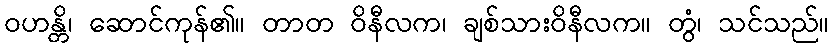
ဝဟန္တိ၊ ဆောင်ကုန်၏။ တာတ ဝိနီလက၊ ချစ်သားဝိနီလက။ တွံ၊ သင်သည်။